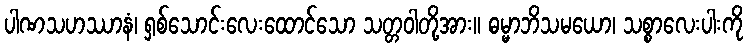
ပါဏသဟဿာနံ၊ ရှစ်သောင်းလေးထောင်သော သတ္တဝါတို့အား။ ဓမ္မာဘိသမယော၊ သစ္စာလေးပါးကို